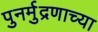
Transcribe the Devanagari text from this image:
पुनर्मुद्रणाच्या